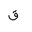
Letter: _qaf